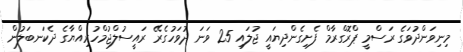
މިނިވަންދުވަގެ ރަސްމީ ޕްރޮގްރާމް ފެށިގެންދިޔައީ ޖުލައި 25 ވަނަ ދުވަހުގެރޭ ރައީސުލްޖުމްހުރިއްޔާގެ ދެކަނބަލުން